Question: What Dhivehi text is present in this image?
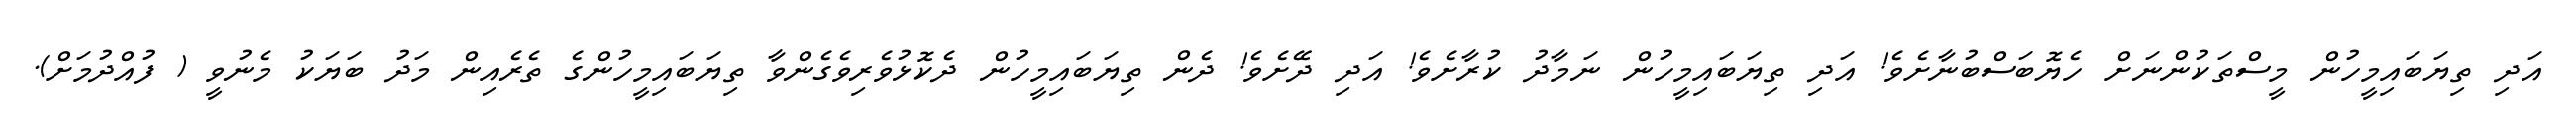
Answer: އަދި ތިޔަބައިމީހުން މީސްތަކުންނަށް ހެޔޮބަސްބުނާށެވެ! އަދި ތިޔަބައިމީހުން ނަމާދު ކުރާށެވެ! އަދި ދޭށެވެ! ދެން ތިޔަބައިމީހުން ދެކޮޅުވެރިވެގެންވާ ތިޔަބައިމީހުންގެ ތެރެއިން މަދު ބަޔަކު މެނުވީ ( ފުއްދުމަށް).